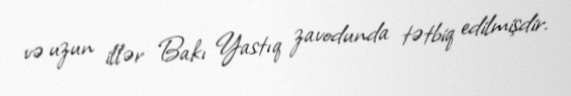
və uzun illər Bakı Yastıq zavodunda tətbiq edilmişdir.